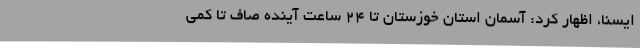
ایسنا، اظهار کرد: آسمان استان خوزستان تا 24 ساعت آینده صاف تا کمی